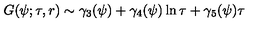
G ( \psi ; \tau , r ) \sim \gamma _ { 3 } ( \psi ) + \gamma _ { 4 } ( \psi ) \ln \tau + \gamma _ { 5 } ( \psi ) \tau